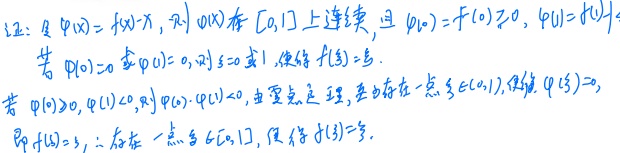
证：令\(\varphi(x)=f(x)-x\)，则\(\varphi(x)\)在\([0,1]\)上连续，且\(\varphi(0)=f(0)\geq0\)，\(\varphi(1)=f(1)-1\)。

若\(\varphi(0)=0\)或\(\varphi(1)=0\)，则\(x = 0\)或\(1\)，使得\(f(x)=x\)。

若\(\varphi(0)>0\)，\(\varphi(1)<0\)，则\(\varphi(0)\cdot\varphi(1)<0\)，由零点定理，\(\exists\xi\in(0,1)\)，使得\(\varphi(\xi)=0\)，即\(f(\xi)=\xi\)。

\(\therefore\)存在一点\(\xi\in[0,1]\)，使得\(f(\xi)=\xi\)。